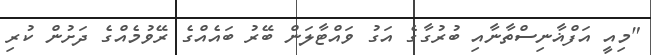
"މިއީ އަފްޣާނިސްތާނާއި ބުރުގާގެ އަގު ވައްޓާލަން ބޭރު ބައެއްގެ ރޭވުމެއްގެ ދަށުން ކުރި